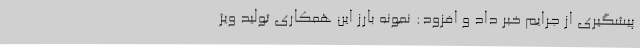
پیشگیری از جرایم خبر داد و افزود: نمونه بارز این همکاری تولید ویژ